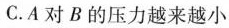
C.A对B的压力越来越小